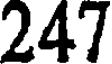
247